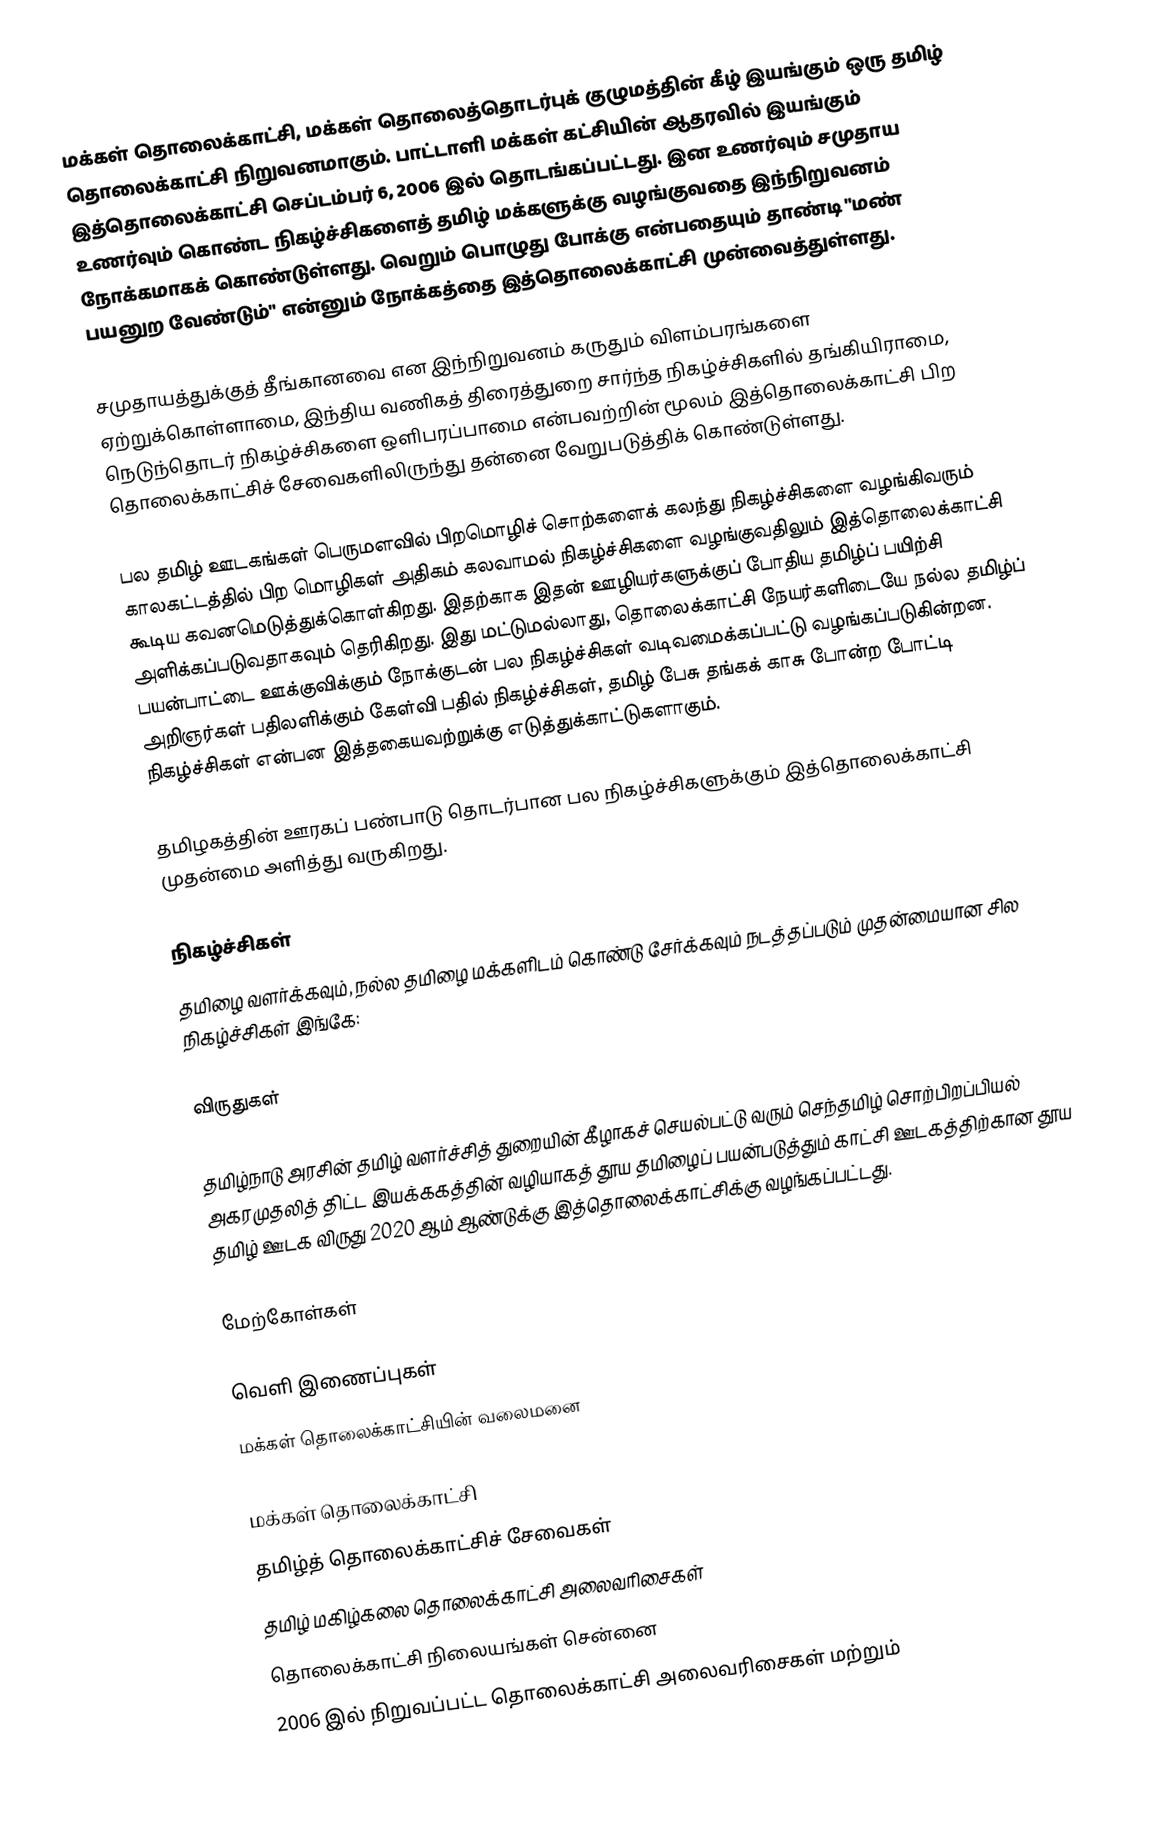
மக்கள் தொலைக்காட்சி, மக்கள் தொலைத்தொடர்புக் குழுமத்தின் கீழ் இயங்கும் ஒரு தமிழ் தொலைக்காட்சி நிறுவனமாகும். பாட்டாளி மக்கள் கட்சியின் ஆதரவில் இயங்கும் இத்தொலைக்காட்சி செப்டம்பர் 6, 2006 இல் தொடங்கப்பட்டது. இன உணர்வும் சமுதாய உணர்வும் கொண்ட நிகழ்ச்சிகளைத் தமிழ் மக்களுக்கு வழங்குவதை இந்நிறுவனம் நோக்கமாகக் கொண்டுள்ளது. வெறும் பொழுது போக்கு என்பதையும் தாண்டி "மண் பயனுற வேண்டும்" என்னும் நோக்கத்தை இத்தொலைக்காட்சி முன்வைத்துள்ளது.

சமுதாயத்துக்குத் தீங்கானவை என இந்நிறுவனம் கருதும் விளம்பரங்களை ஏற்றுக்கொள்ளாமை, இந்திய வணிகத் திரைத்துறை சார்ந்த நிகழ்ச்சிகளில் தங்கியிராமை, நெடுந்தொடர் நிகழ்ச்சிகளை ஒளிபரப்பாமை என்பவற்றின் மூலம் இத்தொலைக்காட்சி பிற தொலைக்காட்சிச் சேவைகளிலிருந்து தன்னை வேறுபடுத்திக் கொண்டுள்ளது.

பல தமிழ் ஊடகங்கள் பெருமளவில் பிறமொழிச் சொற்களைக் கலந்து நிகழ்ச்சிகளை வழங்கிவரும் காலகட்டத்தில் பிற மொழிகள் அதிகம் கலவாமல் நிகழ்ச்சிகளை வழங்குவதிலும் இத்தொலைக்காட்சி கூடிய கவனமெடுத்துக்கொள்கிறது. இதற்காக இதன் ஊழியர்களுக்குப் போதிய தமிழ்ப் பயிற்சி அளிக்கப்படுவதாகவும் தெரிகிறது. இது மட்டுமல்லாது, தொலைக்காட்சி நேயர்களிடையே நல்ல தமிழ்ப் பயன்பாட்டை ஊக்குவிக்கும் நோக்குடன் பல நிகழ்ச்சிகள் வடிவமைக்கப்பட்டு வழங்கப்படுகின்றன. அறிஞர்கள் பதிலளிக்கும் கேள்வி பதில் நிகழ்ச்சிகள், தமிழ் பேசு தங்கக் காசு போன்ற போட்டி நிகழ்ச்சிகள் என்பன இத்தகையவற்றுக்கு எடுத்துக்காட்டுகளாகும்.

தமிழகத்தின் ஊரகப் பண்பாடு தொடர்பான பல நிகழ்ச்சிகளுக்கும் இத்தொலைக்காட்சி முதன்மை அளித்து வருகிறது.

நிகழ்ச்சிகள்
தமிழை வளர்க்கவும், நல்ல தமிழை மக்களிடம் கொண்டு சேர்க்கவும் நடத்தப்படும் முதன்மையான சில நிகழ்ச்சிகள் இங்கே:

விருதுகள்

தமிழ்நாடு அரசின் தமிழ் வளர்ச்சித் துறையின் கீழாகச் செயல்பட்டு வரும் செந்தமிழ் சொற்பிறப்பியல் அகரமுதலித் திட்ட இயக்ககத்தின் வழியாகத் தூய தமிழைப் பயன்படுத்தும் காட்சி ஊடகத்திற்கான தூய தமிழ் ஊடக விருது 2020 ஆம் ஆண்டுக்கு இத்தொலைக்காட்சிக்கு வழங்கப்பட்டது.

மேற்கோள்கள்

வெளி இணைப்புகள்
மக்கள் தொலைக்காட்சியின் வலைமனை

மக்கள் தொலைக்காட்சி
தமிழ்த் தொலைக்காட்சிச் சேவைகள்
தமிழ் மகிழ்கலை தொலைக்காட்சி அலைவரிசைகள்
தொலைக்காட்சி நிலையங்கள் சென்னை
2006 இல் நிறுவப்பட்ட தொலைக்காட்சி அலைவரிசைகள் மற்றும்